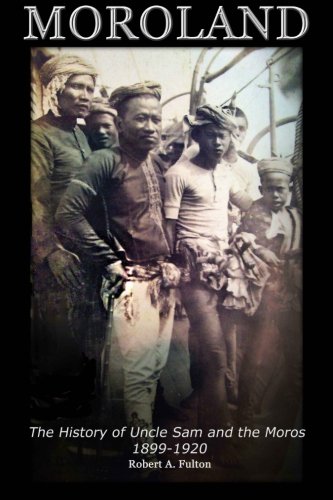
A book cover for Moroland: The History of Uncle Sam and the Moros 1899-1920; Robert A. Fulton; History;